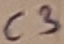
Text: C3